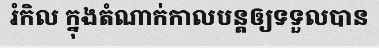
រំកិល ក្នុងតំណាក់កាលបន្តឲ្យទទួលបាន